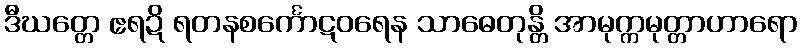
ဒီဃတ္တေ ဧရဍိ ရတနစင်္ကောဋဝရေန သာဓေတုန္တိ အာမုက္ကမုတ္တာဟာရော